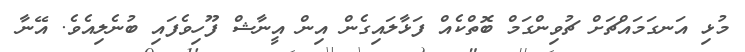
މުޅި އަނގަމައްޗަށް ޗުވިންގަމް ބޮތްކެއް ފަޅާލައިގެން އިން އީނާޝް ފޫހިވެފައި ބުނެލިއެވެ. އޭނާ